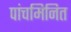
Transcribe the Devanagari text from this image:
पांचमिनित